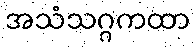
အသံသဂ္ဂကထာ